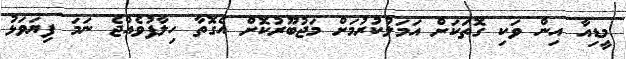
މީޑިއާ އިން ވަކި ގޮތަކަށް އަމަލުކުރުމަށް މަޖުބޫރުކޮށް އެގޮތާ ހިލާފުވެއްޖެ ނަމަ ފިޔަވަޅު